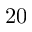
2 0